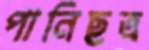
পানিছত্র